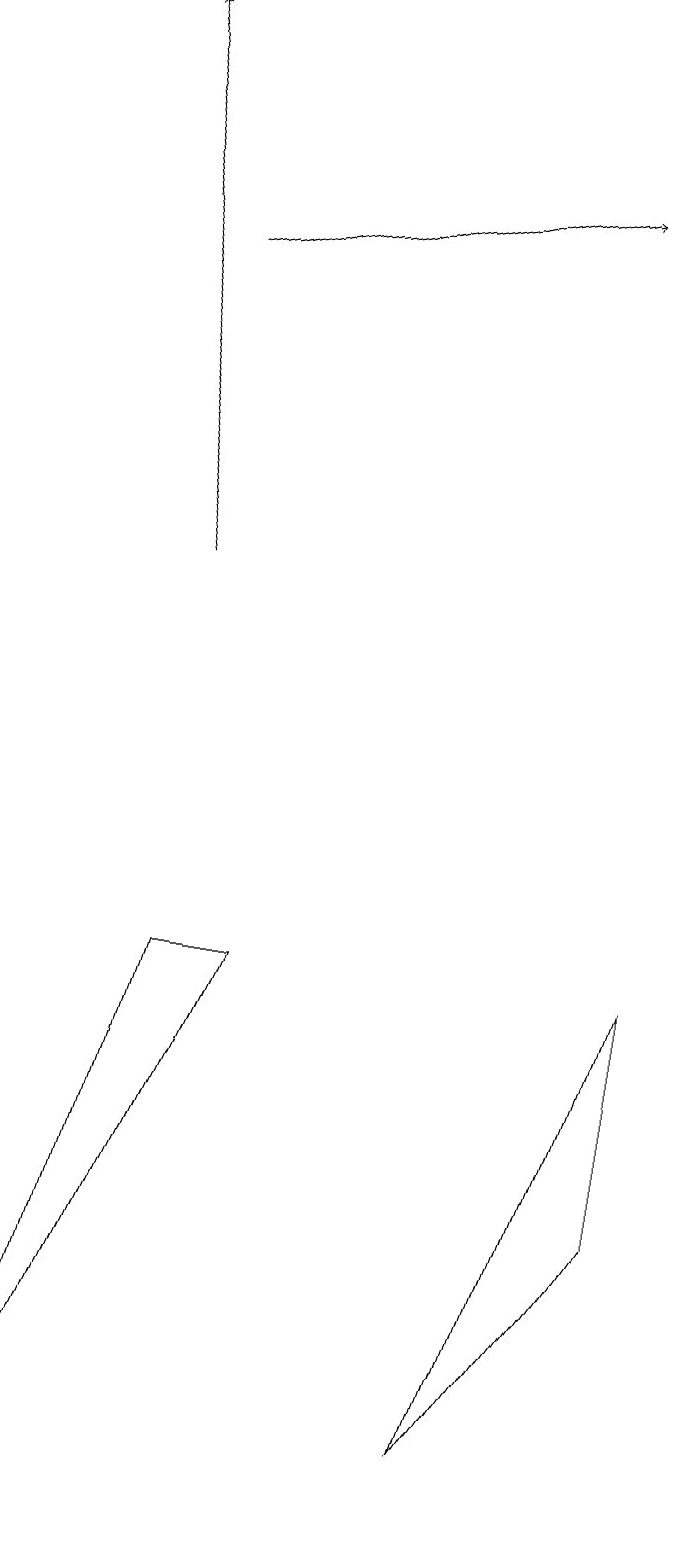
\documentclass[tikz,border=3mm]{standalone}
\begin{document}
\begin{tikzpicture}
\draw (9,7) -- (7,1) -- (9,4) -- cycle;
\draw[->] (3,12) -- (2,19);
\draw[->] (3,16) -- (8,17);
\draw (4,7) -- (1,0) -- (3,7) -- cycle;
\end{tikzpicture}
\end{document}